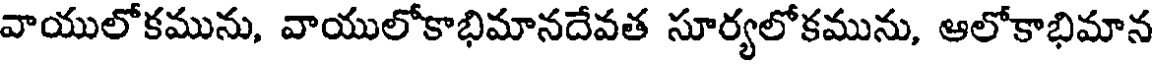
వాయులోకమును, వాయులోకాభిమానదేవత సూర్యలోకమును, ఆలోకాభిమాన